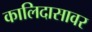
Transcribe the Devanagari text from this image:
कालिदासावर